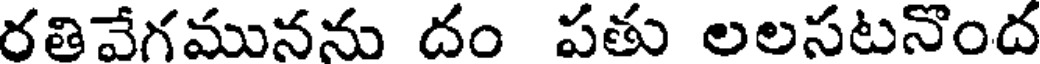
రతివేగమునను దం పతు లలసటనొంద